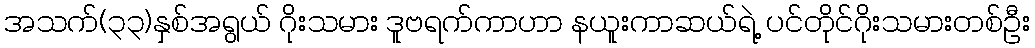
အသက်(၃၃)နှစ်အရွယ် ဂိုးသမား ဒူဗရက်ကာဟာ နယူးကာဆယ်ရဲ့ ပင်တိုင်ဂိုးသမားတစ်ဦး